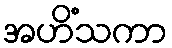
အဟိံသကာ